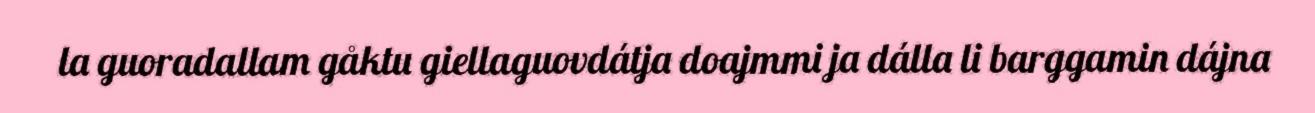
la guoradallam gåktu giellaguovdátja doajmmi ja dálla li barggamin dájna